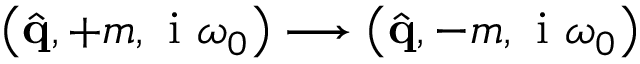
\left( \hat { \mathbf { q } } , + m , \mathrm { ~ i ~ } \omega _ { 0 } \right) \longrightarrow \left( \hat { \mathbf { q } } , - m , \mathrm { ~ i ~ } \omega _ { 0 } \right)